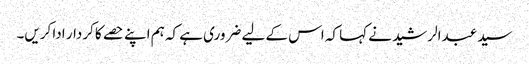
سید عبدالرشید نے کہا کہ اس کے لیے ضروری ہے کہ ہم اپنے حصے کا کردار ادا کریں۔